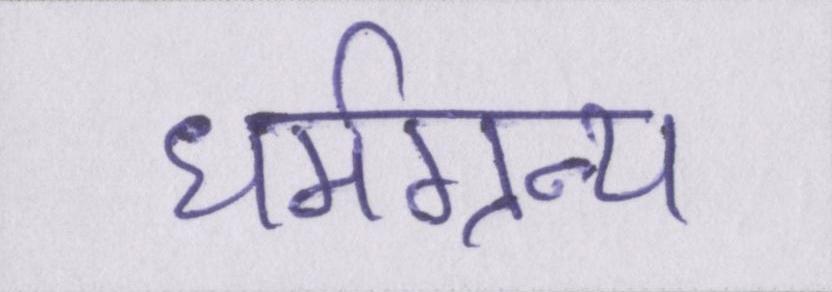
धर्मग्रन्थ